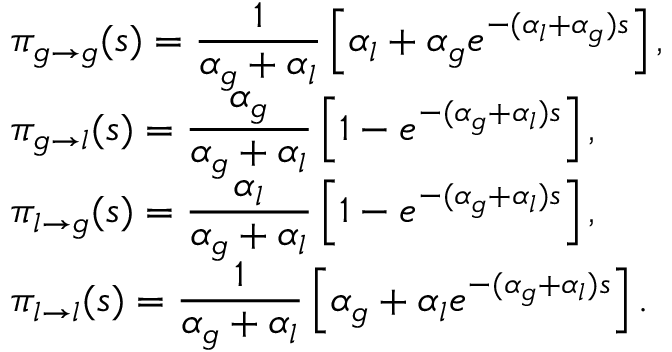
\begin{array} { r l r } & { \displaystyle \pi _ { g \to g } ( s ) = \frac { 1 } { \alpha _ { g } + \alpha _ { l } } \left[ \alpha _ { l } + \alpha _ { g } e ^ { - ( \alpha _ { l } + \alpha _ { g } ) s } \right] , } & \\ & { \displaystyle \pi _ { g \to l } ( s ) = \frac { \alpha _ { g } } { \alpha _ { g } + \alpha _ { l } } \left[ 1 - e ^ { - ( \alpha _ { g } + \alpha _ { l } ) s } \right] , } & \\ & { \displaystyle \pi _ { l \to g } ( s ) = \frac { \alpha _ { l } } { \alpha _ { g } + \alpha _ { l } } \left[ 1 - e ^ { - ( \alpha _ { g } + \alpha _ { l } ) s } \right] , } & \\ & { \displaystyle \pi _ { l \to l } ( s ) = \frac { 1 } { \alpha _ { g } + \alpha _ { l } } \left[ \alpha _ { g } + \alpha _ { l } e ^ { - ( \alpha _ { g } + \alpha _ { l } ) s } \right] . } & \end{array}